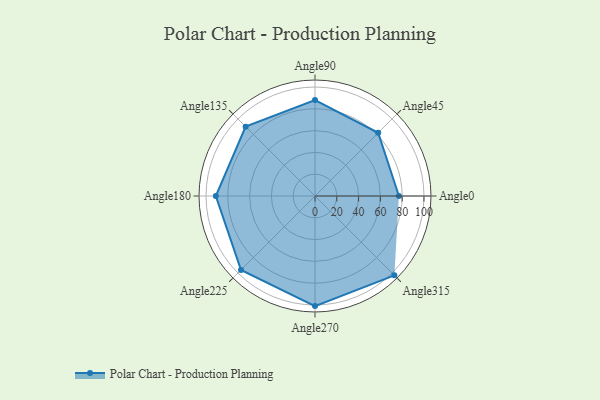
{"axis": {"x": "Angle", "y": "Radius"}, "legend": [""], "data": [{"x": "Angle0", "y": 77.0, "type": ""}, {"x": "Angle45", "y": 82.0, "type": ""}, {"x": "Angle90", "y": 88.0, "type": ""}, {"x": "Angle135", "y": 90.0, "type": ""}, {"x": "Angle180", "y": 91.0, "type": ""}, {"x": "Angle225", "y": 96.0, "type": ""}, {"x": "Angle270", "y": 101.0, "type": ""}, {"x": "Angle315", "y": 103.0, "type": ""}]}